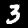
Digit: 3